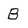
Character: B